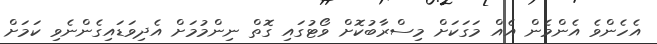
އެހެންވެ އެންމެން އެއް މަގަކަށް މިސްރާބުކޮށް ވޯޓުގައި ގޮތް ނިންމުމަށް އެދިވަޑައިގެންނެވި ކަމަށް